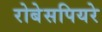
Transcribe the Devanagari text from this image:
रोबेसपियरे